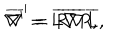
LaTeX: \nabla ^ { \prime } = L \nabla R , \hspace { 0 . 3 i n } \overline { { { \nabla } } } ^ { \prime } = \overline { { { R } } } \overline { { { \nabla } } } \overline { { { L } } } ,